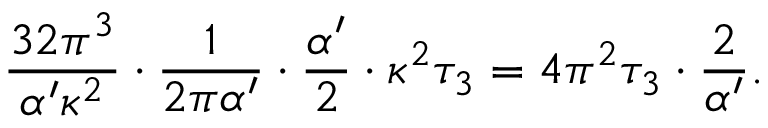
{ \frac { 3 2 \pi ^ { 3 } } { \alpha ^ { \prime } \kappa ^ { 2 } } } \cdot { \frac { 1 } { 2 \pi \alpha ^ { \prime } } } \cdot { \frac { \alpha ^ { \prime } } { 2 } } \cdot \kappa ^ { 2 } \tau _ { 3 } = 4 \pi ^ { 2 } \tau _ { 3 } \cdot { \frac { 2 } { \alpha ^ { \prime } } } .